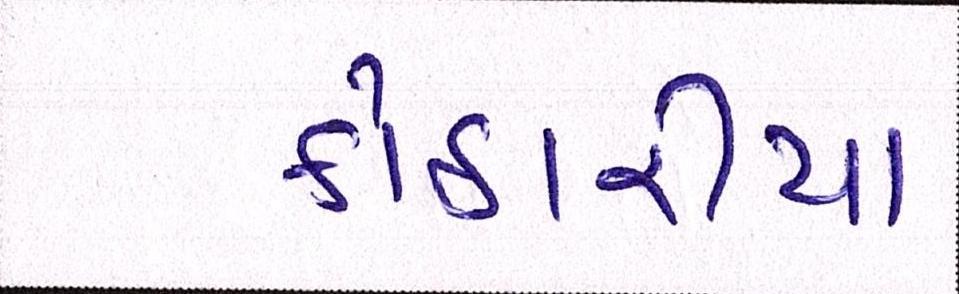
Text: કોઠારીયા